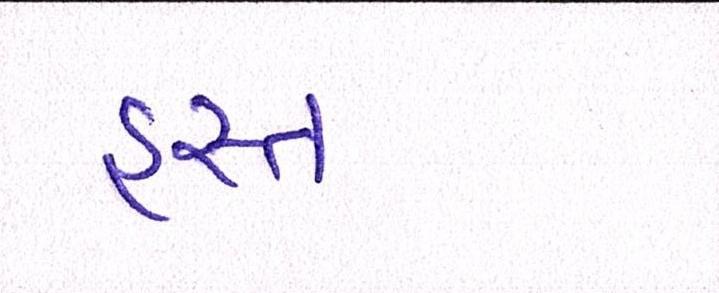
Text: હસ્ત